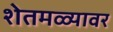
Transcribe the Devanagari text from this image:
शेतमळ्यावर